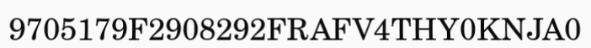
9705179F2908292FRAFV4THY0KNJA0